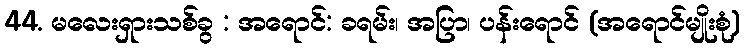
44. မလေးရှားသစ်ခွ : အရောင်: ခရမ်း၊ အပြာ၊ ပန်းရောင် (အရောင်မျိုးစုံ)